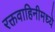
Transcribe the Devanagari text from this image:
रक्तवाहिनीमध्ये